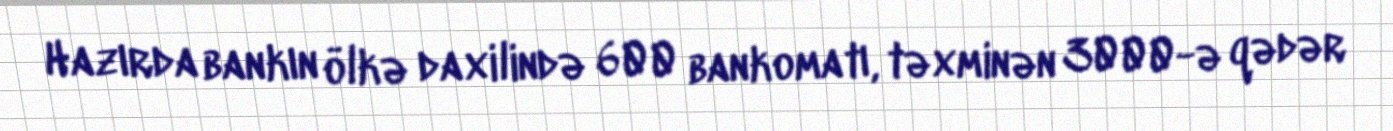
Hazırda bankın ölkə daxilində 600 bankomatı, təxminən 3000-ə qədər